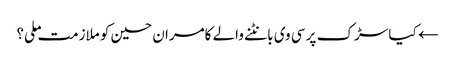
← کیا سڑک پر سی وی بانٹنے والے کامران حسین کو ملازمت ملی؟